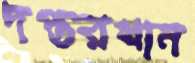
দপ্তরখান